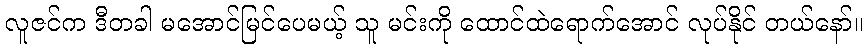
လူဇင်က ဒီတခါ မအောင်မြင်ပေမယ့် သူ မင်းကို ထောင်ထဲရောက်အောင် လုပ်နိုင် တယ်နော်။